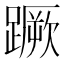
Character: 蹶